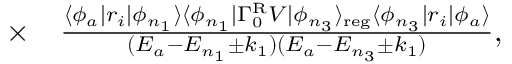
\begin{array} { r l } { \times } & { { } \frac { \langle \phi _ { a } | r _ { i } | \phi _ { n _ { 1 } } \rangle \langle \phi _ { n _ { 1 } } | \Gamma _ { 0 } ^ { \mathrm { R } } V | \phi _ { n _ { 3 } } \rangle _ { \mathrm { r e g } } \langle \phi _ { n _ { 3 } } | r _ { i } | \phi _ { a } \rangle } { ( E _ { a } - E _ { n _ { 1 } } \pm k _ { 1 } ) ( E _ { a } - E _ { n _ { 3 } } \pm k _ { 1 } ) } , } \end{array}